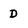
Character: D